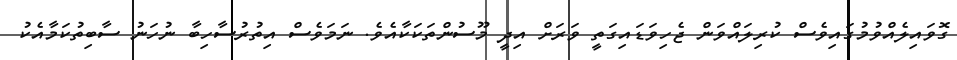
ގޮވައިލެއްވުމުގައިވެސް ކުރިލައްވަން ޖެހިވަޑައިގަތީ ވަރަށް އިދީ މޫސުންތަކަކާއެވެ. ނަމަވެސް އިތުރުސާހިބާ ނުހަނު ސާބިތުކަމާއެކު